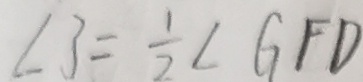
\angle 3 = \frac { 1 } { 2 } \angle G F D